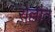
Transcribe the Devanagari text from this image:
रोल्लौत